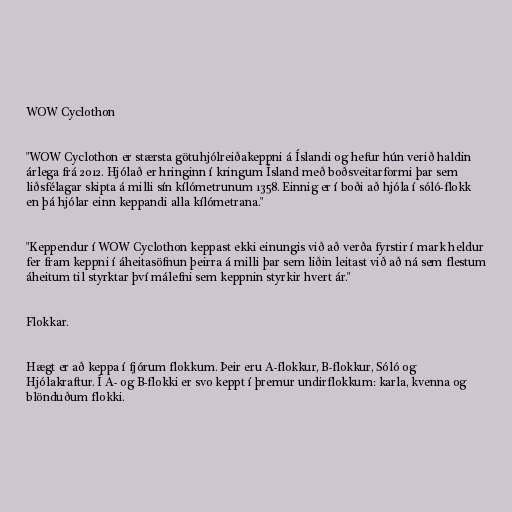
WOW Cyclothon

"WOW Cyclothon er stærsta götuhjólreiðakeppni á Íslandi og hefur hún verið haldin
árlega frá 2012. Hjólað er hringinn í kringum Ísland með boðsveitarformi þar sem
liðsfélagar skipta á milli sín kílómetrunum 1358. Einnig er í boði að hjóla í sóló-flokk
en þá hjólar einn keppandi alla kílómetrana."

"Keppendur í WOW Cyclothon keppast ekki einungis við að verða fyrstir í mark heldur
fer fram keppni í áheitasöfnun þeirra á milli þar sem liðin leitast við að ná sem flestum
áheitum til styrktar því málefni sem keppnin styrkir hvert ár."

Flokkar.

Hægt er að keppa í fjórum flokkum. Þeir eru A-flokkur, B-flokkur, Sóló og
Hjólakraftur. Í A- og B-flokki er svo keppt í þremur undirflokkum: karla, kvenna og
blönduðum flokki.